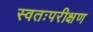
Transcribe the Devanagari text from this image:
स्वतःपरीक्षण